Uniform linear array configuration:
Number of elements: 4
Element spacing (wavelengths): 0.25
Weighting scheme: blackman
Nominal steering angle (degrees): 30
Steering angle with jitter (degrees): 28.528
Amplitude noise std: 0.05
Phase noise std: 0.05

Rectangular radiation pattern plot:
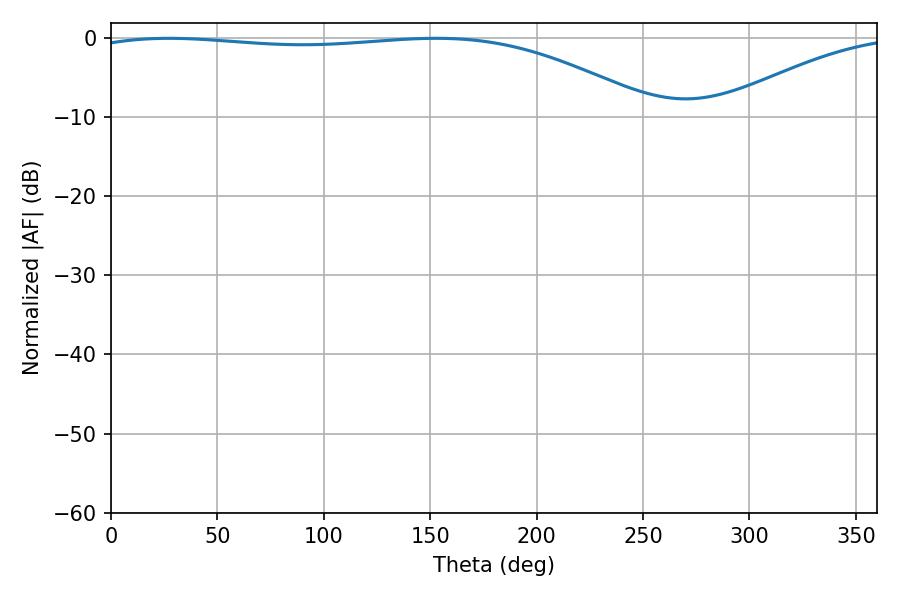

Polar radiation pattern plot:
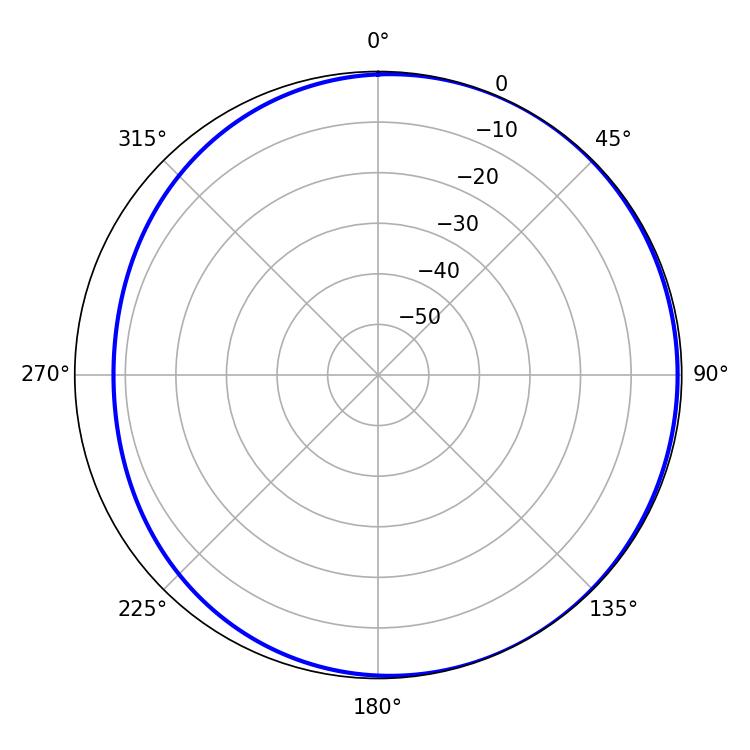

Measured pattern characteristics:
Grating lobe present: FALSE
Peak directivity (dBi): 2.322
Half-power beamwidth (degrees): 212.76
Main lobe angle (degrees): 27.18